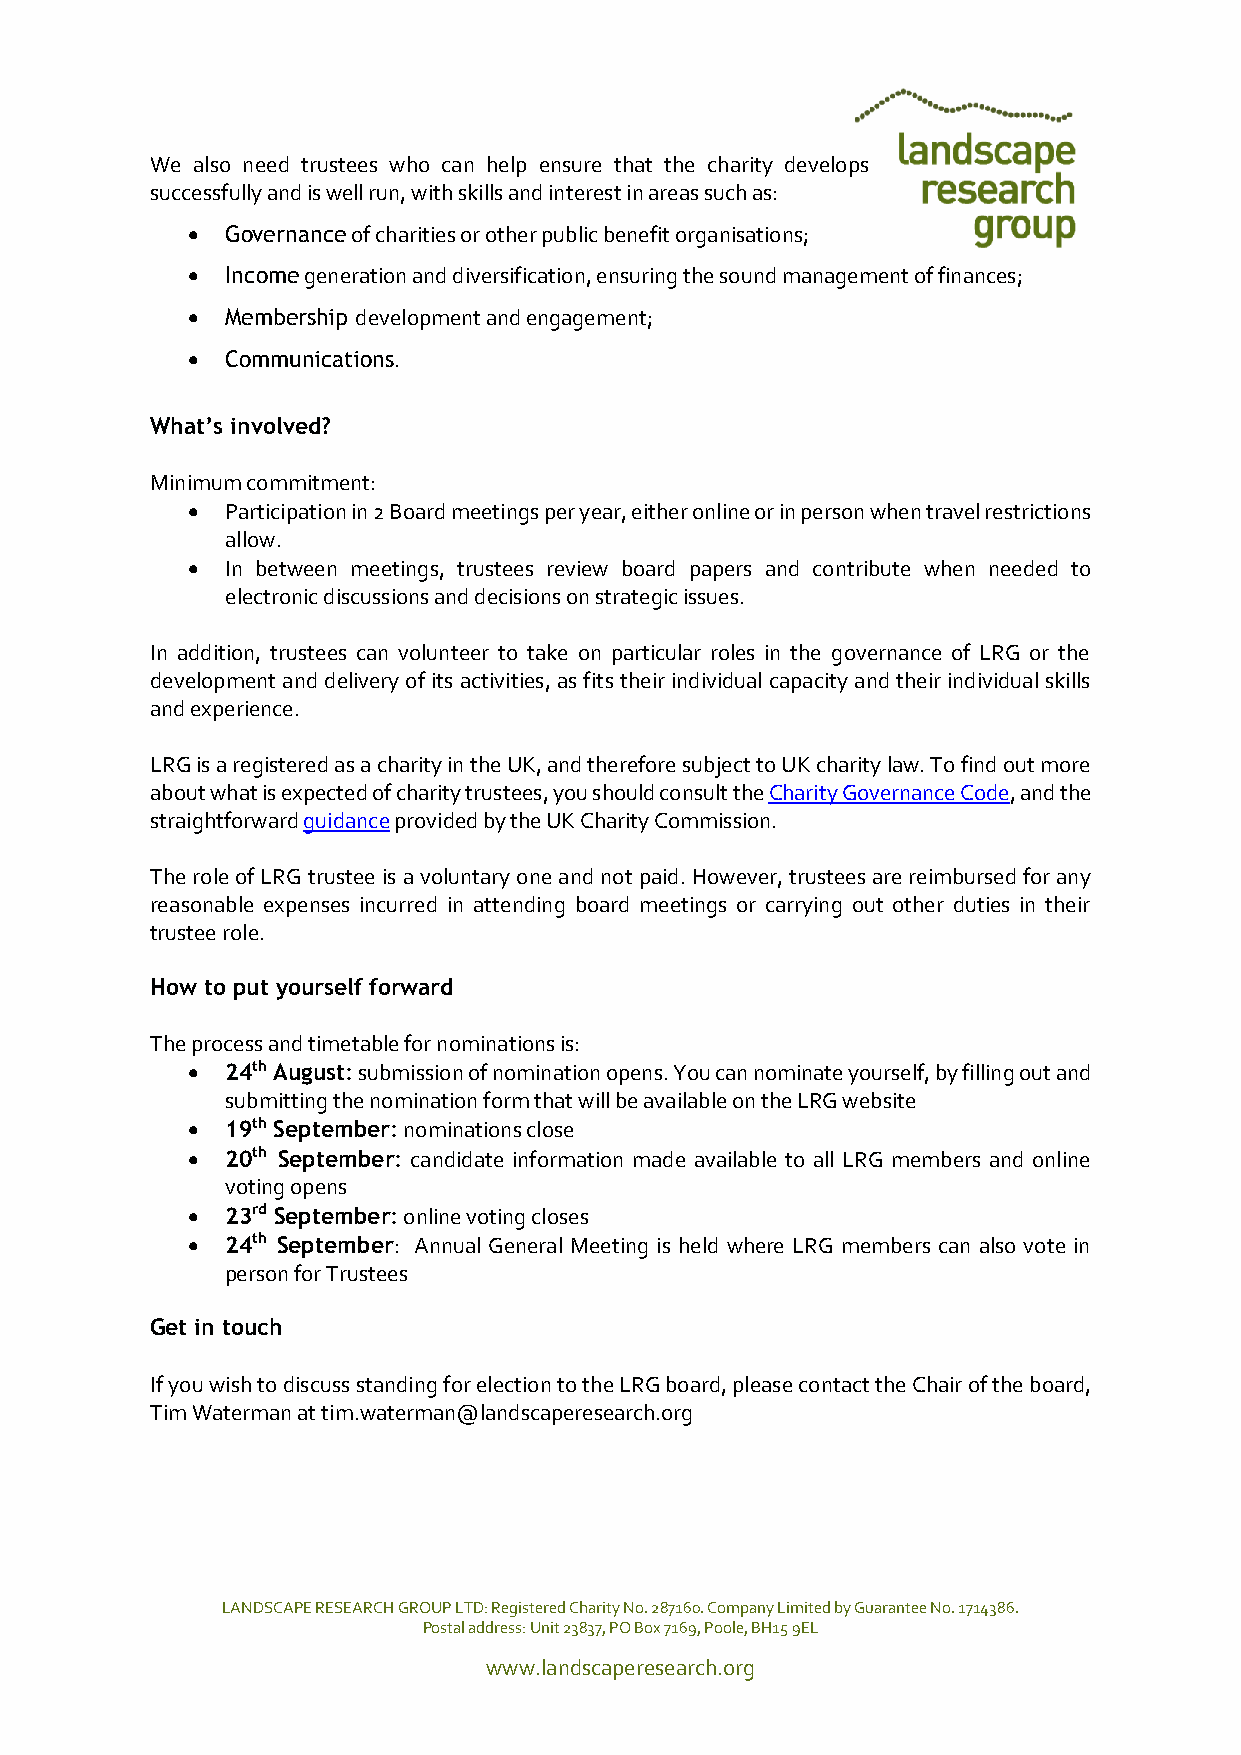
We also need trustees who can help ensure that the charity develops
 successfully and is well run, with skills and interest in areas such as:
   Governance of charities or other public benefit organisations;
   Income generation and diversification, ensuring the sound management of finances;
   Membership development and engagement;
   Communications.
 What’s involved?
 Minimum commitment:
   Participation in 2 Board meetings per year, either online or in person when travel restrictions
 allow.
   In between meetings, trustees review board papers and contribute when needed to
 electronic discussions and decisions on strategic issues.
 In addition, trustees can volunteer to take on particular roles in the governance of LRG or the
 development and delivery of its activities, as fits their individual capacity and their individual skills
 and experience.
 LRG is a registered as a charity in the UK, and therefore subject to UK charity law. To find out more
 about what is expected of charity trustees, you should consult the Charity Governance Code, and the
 straightforward guidance provided by the UK Charity Commission.
 The role of LRG trustee is a voluntary one and not paid. However, trustees are reimbursed for any
 reasonable expenses incurred in attending board meetings or carrying out other duties in their
 trustee role.
 How to put yourself forward
 The process and timetable for nominations is:
   24th August: submission of nomination opens. You can nominate yourself, by filling out and
 submitting the nomination form that will be available on the LRG website
   19th September: nominations close
   20th September: candidate information made available to all LRG members and online
 voting opens
   23rd September: online voting closes
   24th September: Annual General Meeting is held where LRG members can also vote in
 person for Trustees
 Get in touch
 If you wish to discuss standing for election to the LRG board, please contact the Chair of the board,
 Tim Waterman at tim.waterman@landscaperesearch.org
 LANDSCAPE RESEARCH GROUP LTD: Registered Charity No. 287160. Company Limited by Guarantee No. 1714386.
 Postal address: Unit 23837, PO Box 7169, Poole, BH15 9EL
 www.landscaperesearch.org